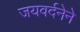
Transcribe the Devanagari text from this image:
जयवर्दनेने